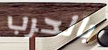
بالحرب